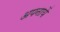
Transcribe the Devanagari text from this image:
अपनायें